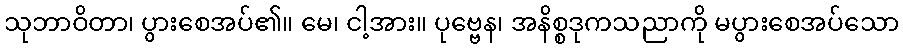
သုဘာဝိတာ၊ ပွားစေအပ်၏။ မေ၊ ငါ့အား။ ပုဗ္ဗေန၊ အနိစ္စဒုကသညာကို မပွားစေအပ်သော